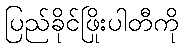
ပြည်ခိုင်ဖြိုးပါတီကို